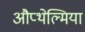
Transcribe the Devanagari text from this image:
औप्थेल्मिया